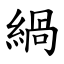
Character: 緺